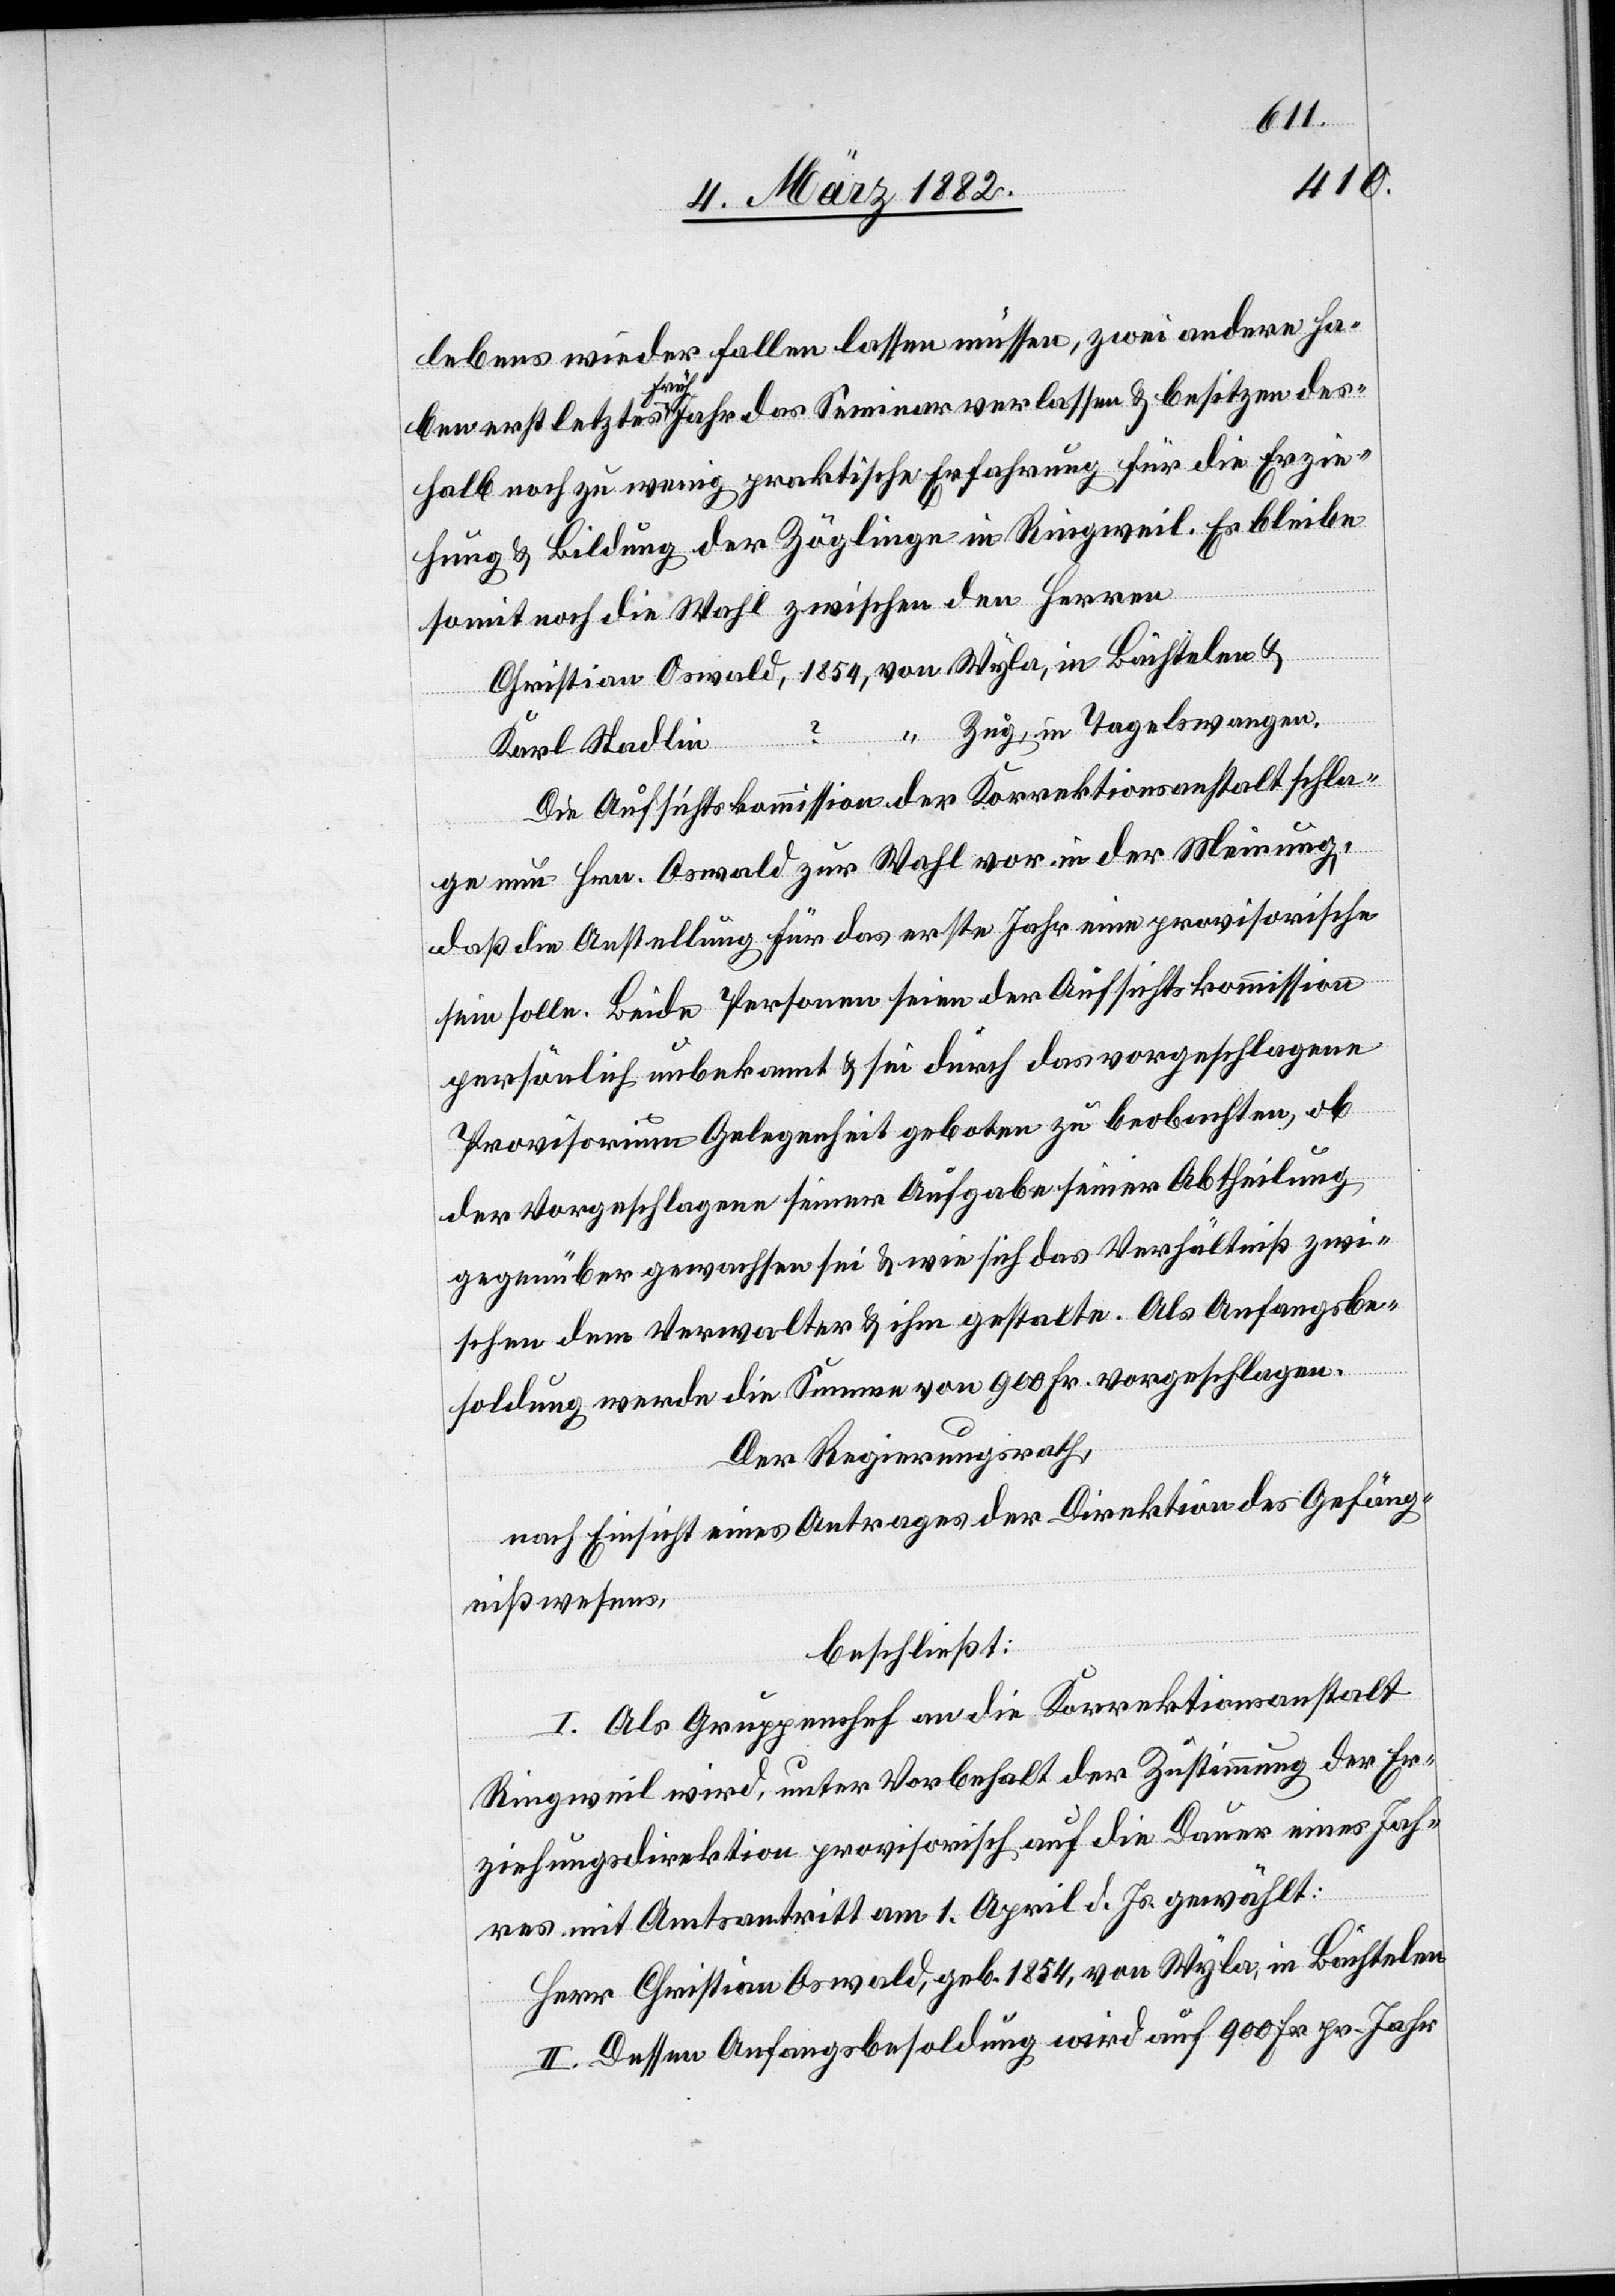
lebens wieder fallen lassen müssen, zwei andere ha¬
Herr
ben erst letztes Frühjahr das Seminar verlassen & besitzen des¬
halb noch zu wenig praktische Erfahrung für die Erzie¬
hung & Bildung der Zöglinge in Ringweil. Es bleibe
somit noch die Wahl zwischen den Herren
Christian Oswald, 1854, von Wyla, in Bächtelen.
“ Zug, in Tagelswangen.
Karl Stadlin,
Die Aufsichtskommission der Korrektionsanstalt schla¬
ge neu Hrn. Oswald zur Wahl vor in der Meinung,
daß die Anstellung für das erste Jahr eine provisorische
sein solle. Beide Personen seien der Aufsichtskommission
persönlich unbekannt & sei durch das vorgeschlagene
Provisorium Gelegenheit geboten zu beobachten, ob
der Vorgeschlagene seiner Aufgabe seiner Abtheilung
gegenüber gewachsen sei & wie sich das Verhältniß zwi¬
schen dem Verwalter & ihm gestalte. Als Anfangsbe¬
soldung werde die Summe von 900 Fr. vorgeschlagen.
Der Regierungsrath,
nach Einsicht eines Antrages der Direktion des Gefäng¬
nißwesens,
beschließt:
I. Als Gruppenchef an die Korrektionsanstalt
Ringweil wird, unter Vorbehalt der Zustimmung der Er¬
ziehungsdirektion provisorisch auf die Dauer eines Jah¬
res mit Amtsantritt am 1. April d. Js. gewählt:
II. Dessen Anfangsbesoldung wird auf 900 Fr. pr. Jahr